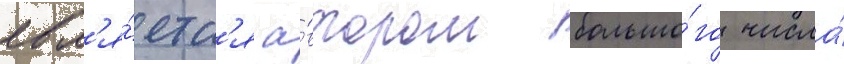
явл'я́етс'я а́втором большо́го числа́